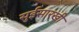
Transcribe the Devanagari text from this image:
सुईसारखी